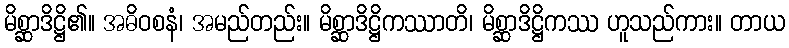
မိစ္ဆာဒိဋ္ဌိ၏။ အဓိဝစနံ၊ အမည်တည်း။ မိစ္ဆာဒိဋ္ဌိကဿာတိ၊ မိစ္ဆာဒိဋ္ဌိကဿ ဟူသည်ကား။ တာယ